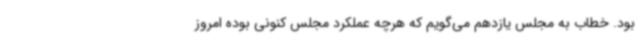
بود. خطاب به مجلس یازدهم می‌گویم که هرچه عملکرد مجلس کنونی بوده امروز